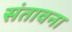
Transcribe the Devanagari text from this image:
संतावना